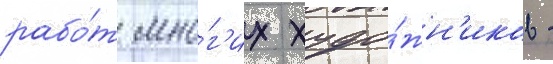
рабо́т мно́г'их худо́жн'иков -